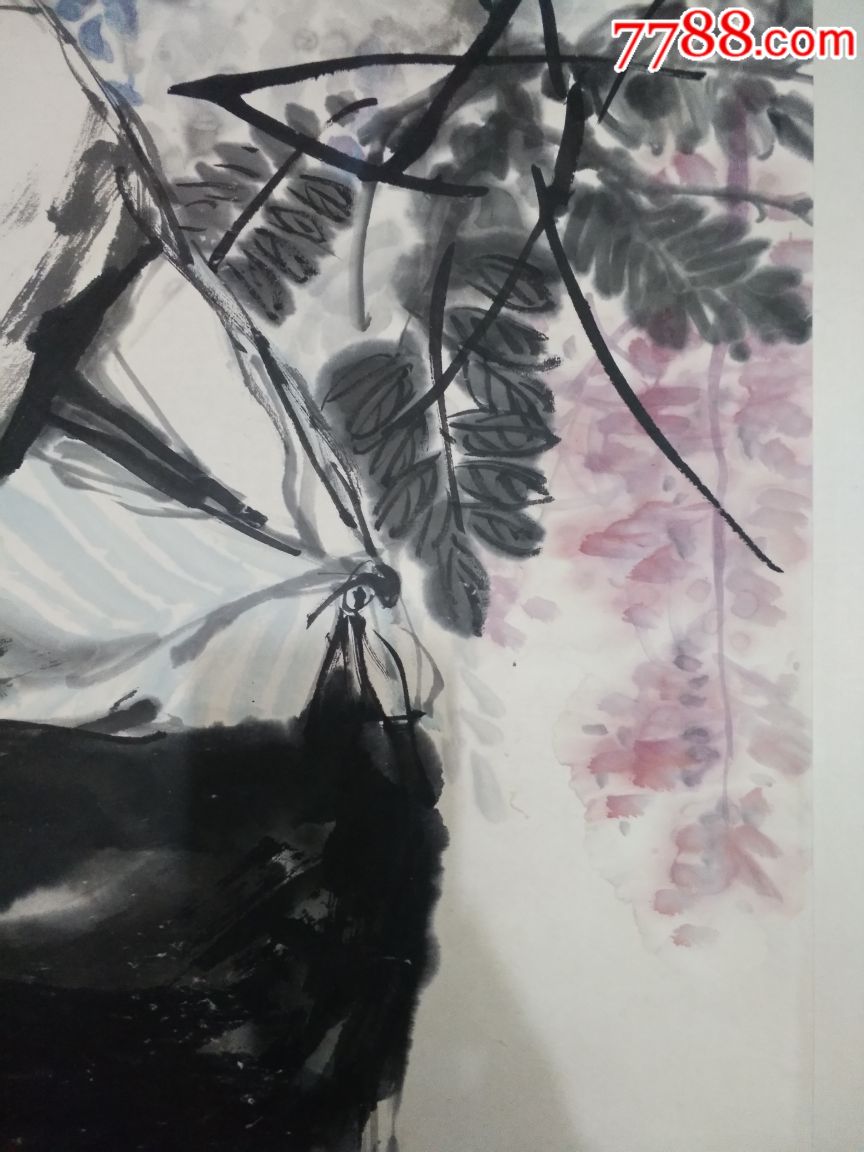
良马难乘，然可以任重致远良才难令，然可以致君见尊。